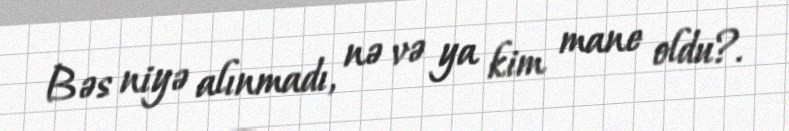
Bəs niyə alınmadı, nə və ya kim mane oldu?.